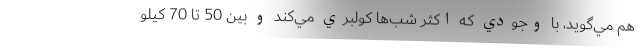
هم مي‌گويد، با وجودي كه اكثر شب‌ها كولبري مي‌كند و بين 50 تا 70 كيلو